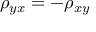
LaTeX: \rho _ { y x } = - \rho _ { x y }